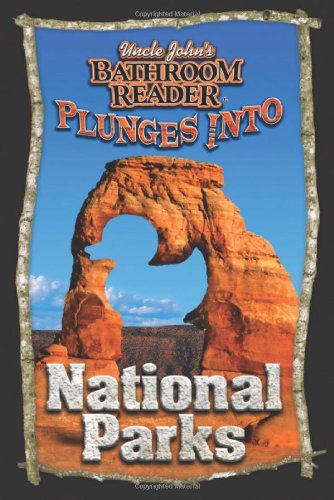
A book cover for Uncle John's Bathroom Reader Plunges into National Parks; Bathroom Readers' Hysterical Society; Reference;